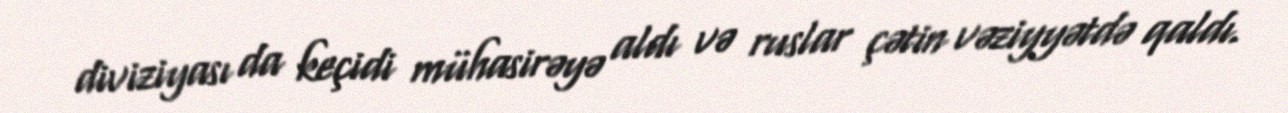
diviziyası da keçidi mühasirəyə aldı və ruslar çətin vəziyyətdə qaldı.